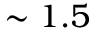
\sim 1 . 5